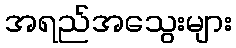
အရည်အသွေးများ